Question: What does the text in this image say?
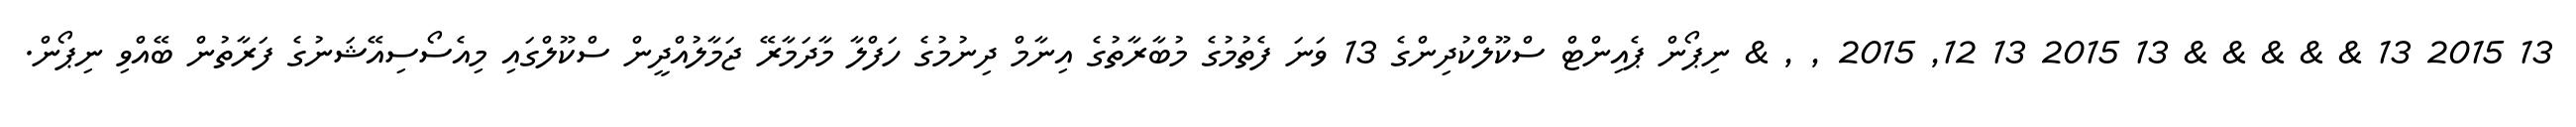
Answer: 13 2015 13 & & & & & 13 2015 13 12, 2015 , , & ނިޕޯން ޕެއިންޓް ސްކޫލްކުދިންގެ 13 ވަނަ ފެތުމުގެ މުބާރާތުގެ އިނާމް ދިނުމުގެ ހަފްލާ މާދަމާރޭ ޖަމާލުއްދީން ސްކޫލްގައި މިއެސޯސިއޭޝަނުގެ ފަރާތުން ބޭއްވި ނިޕޯން.